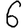
Digit: 6